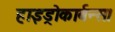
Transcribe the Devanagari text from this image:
हाइड्रोकार्बन्स।